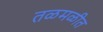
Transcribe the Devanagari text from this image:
तळमळीत